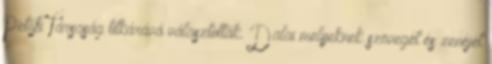
Petőfi Társaság titkárává választották. Dalai melyeknek szövegét és zenéjét